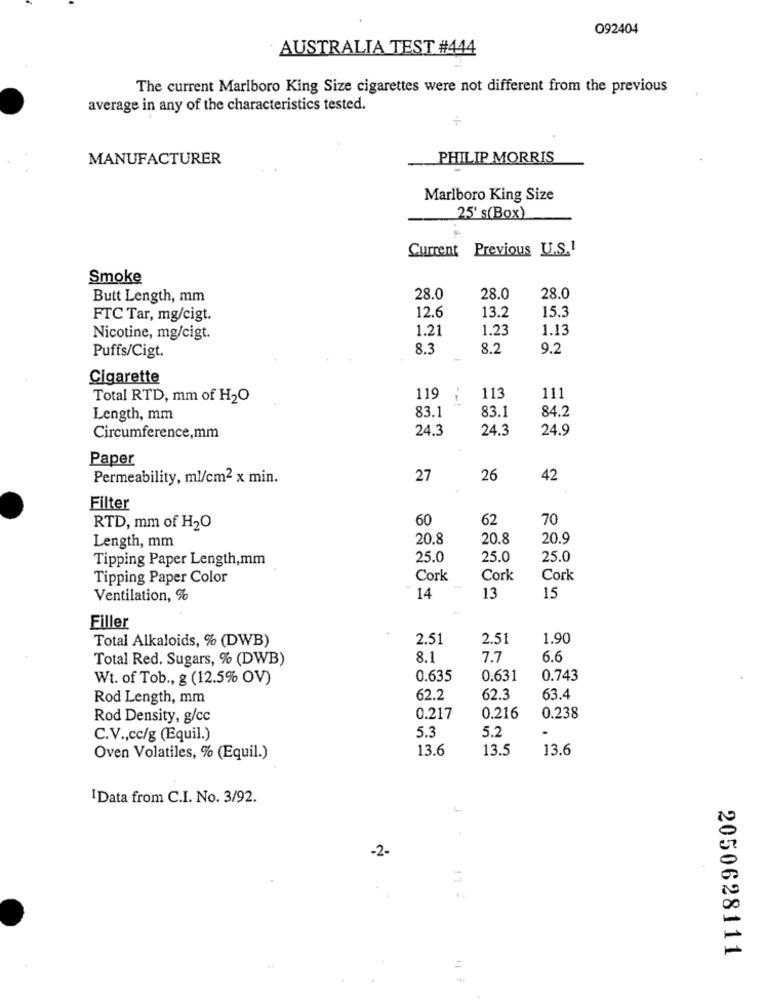
092404
AUSTRALIA TEST #444
The current Marlboro King Size cigarettes were not different from the previous
average in any of the characteristics tested.
MANUFACTURER
PHILIP MORRIS
Marlboro King Size
25' s(Box)
Current Previous U.S.I
Smoke
Butt Length, mm
28.0
28.0
28.0
12.6
13.2
15.3
FTC Tar, mg/cigt.
1.21
1.23
1.13
Nicotine, mg/cigt.
8.3
8.2
9.2
Puffs/Cigt.
Cigarette
Total RTD, mm of H2O
119
113
111
83.1
83.1
84.2
Length, mm
24.3
24.3
24.9
Circumference,mm
Paper
Permeability, ml/cm2 x min.
27
26
42
Filter
60
62
70
RTD, mm of H2O
20.8
20.8
20.9
Length, mm
Tipping Paper Length,mm
25.0
25.0
25.0
Tipping Paper Color
Cork
Cork
Cork
Ventilation, %
14
13
15
Filler
Total Alkaloids, % (DWB)
2.51
2.51
1.90
Total Red. Sugars, % (DWB)
8.1
7.7
6.6
Wt. of Tob ., g (12.5% OV)
0.635
0.631
0.743
Rod Length, mm
62.2
62.3
63.4
Rod Density, g/cc
0.217
0.216
0.238
5.3
5.2
.
C.V ., cc/g (Equil.)
13.6
13.5
13.6
Oven Volatiles, % (Equil.)
I Data from C.I. No. 3/92.
-2-
..
2050628111
=